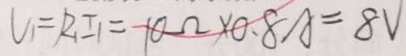
U _ { 1 } = R _ { 1 } I _ { 1 } = 1 0 \Omega \times 0 . 8 A = 8 V